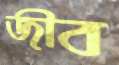
জীব